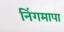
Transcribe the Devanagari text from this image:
निंगमापा